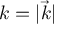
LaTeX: k = | { \vec { k } } |